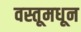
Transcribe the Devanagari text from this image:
वस्तूमधून